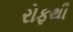
રોફથી